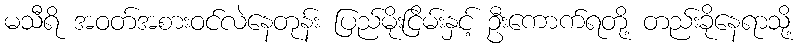
မသီရိ အဝတ်အစားဝင်လဲနေတုန်း ပြည်မိုးငြိမ်းနှင့် ဦးကောက်ရတို့ တည်းခိုနေရာသို့